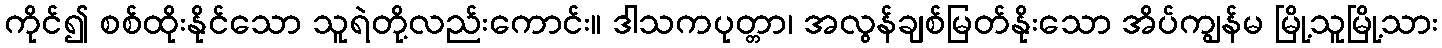
ကိုင်၍ စစ်ထိုးနိုင်သော သူရဲတို့လည်းကောင်း။ ဒါသကပုတ္တာ၊ အလွန်ချစ်မြတ်နိုးသော အိပ်ကျွန်မ မြို့သူမြို့သား